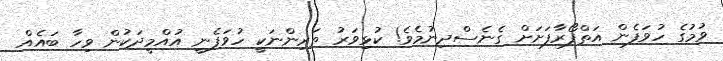
ވުމުގެ ހުވަފެން އަތްފޯރާފަށަށް ގެނެސްދިނުމެވެ! ކުޅިވަރު ތަރިންނަކީ ހުވަފެނީ އުއްމީދަކުން ވިހާ ބައެއް